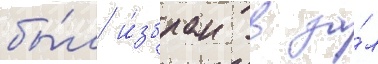
бы́л и́збран в за́л